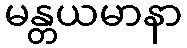
မန္တယမာနာ